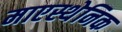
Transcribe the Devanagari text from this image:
माएस्थेनिक